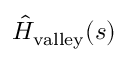
\hat { H } _ { \mathrm { v a l l e y } } ( s )